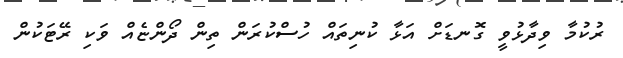
ރުކުމާ ވިދާޅުވީ ގޮނޑަށް އަޅާ ކުނިތައް ހުސްކުރަން ތިން ދޯންޏެއް ވަކި ރޭޓަކުން